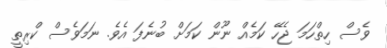
ވެސް ހިތްހަމަ ޖެހޭ ކަމެއް ނޫން ކަމަށް ބުނެފަ އެވެ. ނަމަވެސް ކްރިތީ